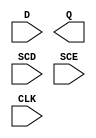
module sky130_fd_sc_hd__sdfxtp (
    //# {{data|Data Signals}}
    input  D  ,
    output Q  ,

    //# {{scanchain|Scan Chain}}
    input  SCD,
    input  SCE,

    //# {{clocks|Clocking}}
    input  CLK
);

    // Voltage supply signals
    supply1 VPWR;
    supply0 VGND;
    supply1 VPB ;
    supply0 VNB ;

endmodule